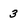
Character: 3